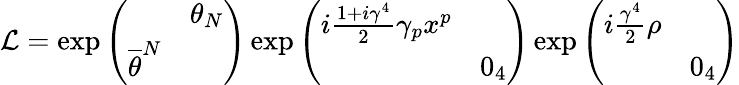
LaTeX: \mathcal{L}=\exp\left(\begin{array}{cc}{{}}&{{\theta_{N}}}\\ {{\overline{{{\theta}}}^{N}}}&{{}}\end{array}\right)\exp\left(\begin{array}{cc}{{i\frac{1+i\gamma^{4}}{2}\gamma_{p}x^{p}}}&{{}}\\ {{}}&{{0_{4}}}\end{array}\right)\exp\left(\begin{array}{cc}{{i\frac{\gamma^{4}}{2}\rho}}&{{}}\\ {{}}&{{0_{4}}}\end{array}\right)